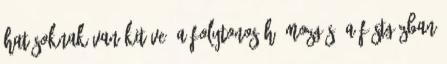
hatásoknak van kitéve, a folytonos hő mozgás, a füstgázban